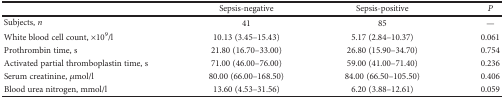
<table><thead><tr><td></td><td><b>Sepsis-negative</b></td><td><b>Sepsis-positive</b></td><td><b><i>P</i></b></td></tr></thead><tbody><tr><td>Subjects, <i>n</i></td><td>41</td><td>85</td><td>—</td></tr><tr><td>White blood cell count, ×10<sup>9</sup>/l</td><td>10.13 (3.45–15.43)</td><td>5.17 (2.84–10.37)</td><td>0.061</td></tr><tr><td>Prothrombin time, s</td><td>21.80 (16.70–33.00)</td><td>26.80 (15.90–34.70)</td><td>0.754</td></tr><tr><td>Activated partial thromboplastin time, s</td><td>71.00 (46.00–76.00)</td><td>59.00 (41.00–71.40)</td><td>0.236</td></tr><tr><td>Serum creatinine, <i>μ</i>mol/l</td><td>80.00 (66.00–168.50)</td><td>84.00 (66.50–105.50)</td><td>0.406</td></tr><tr><td>Blood urea nitrogen, mmol/l</td><td>13.60 (4.53–31.56)</td><td>6.20 (3.88–12.61)</td><td>0.059</td></tr></tbody></table>